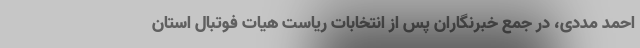
احمد مددی، در جمع خبرنگاران پس از انتخابات ریاست هیات فوتبال استان